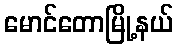
မောင်တောမြို့နယ်